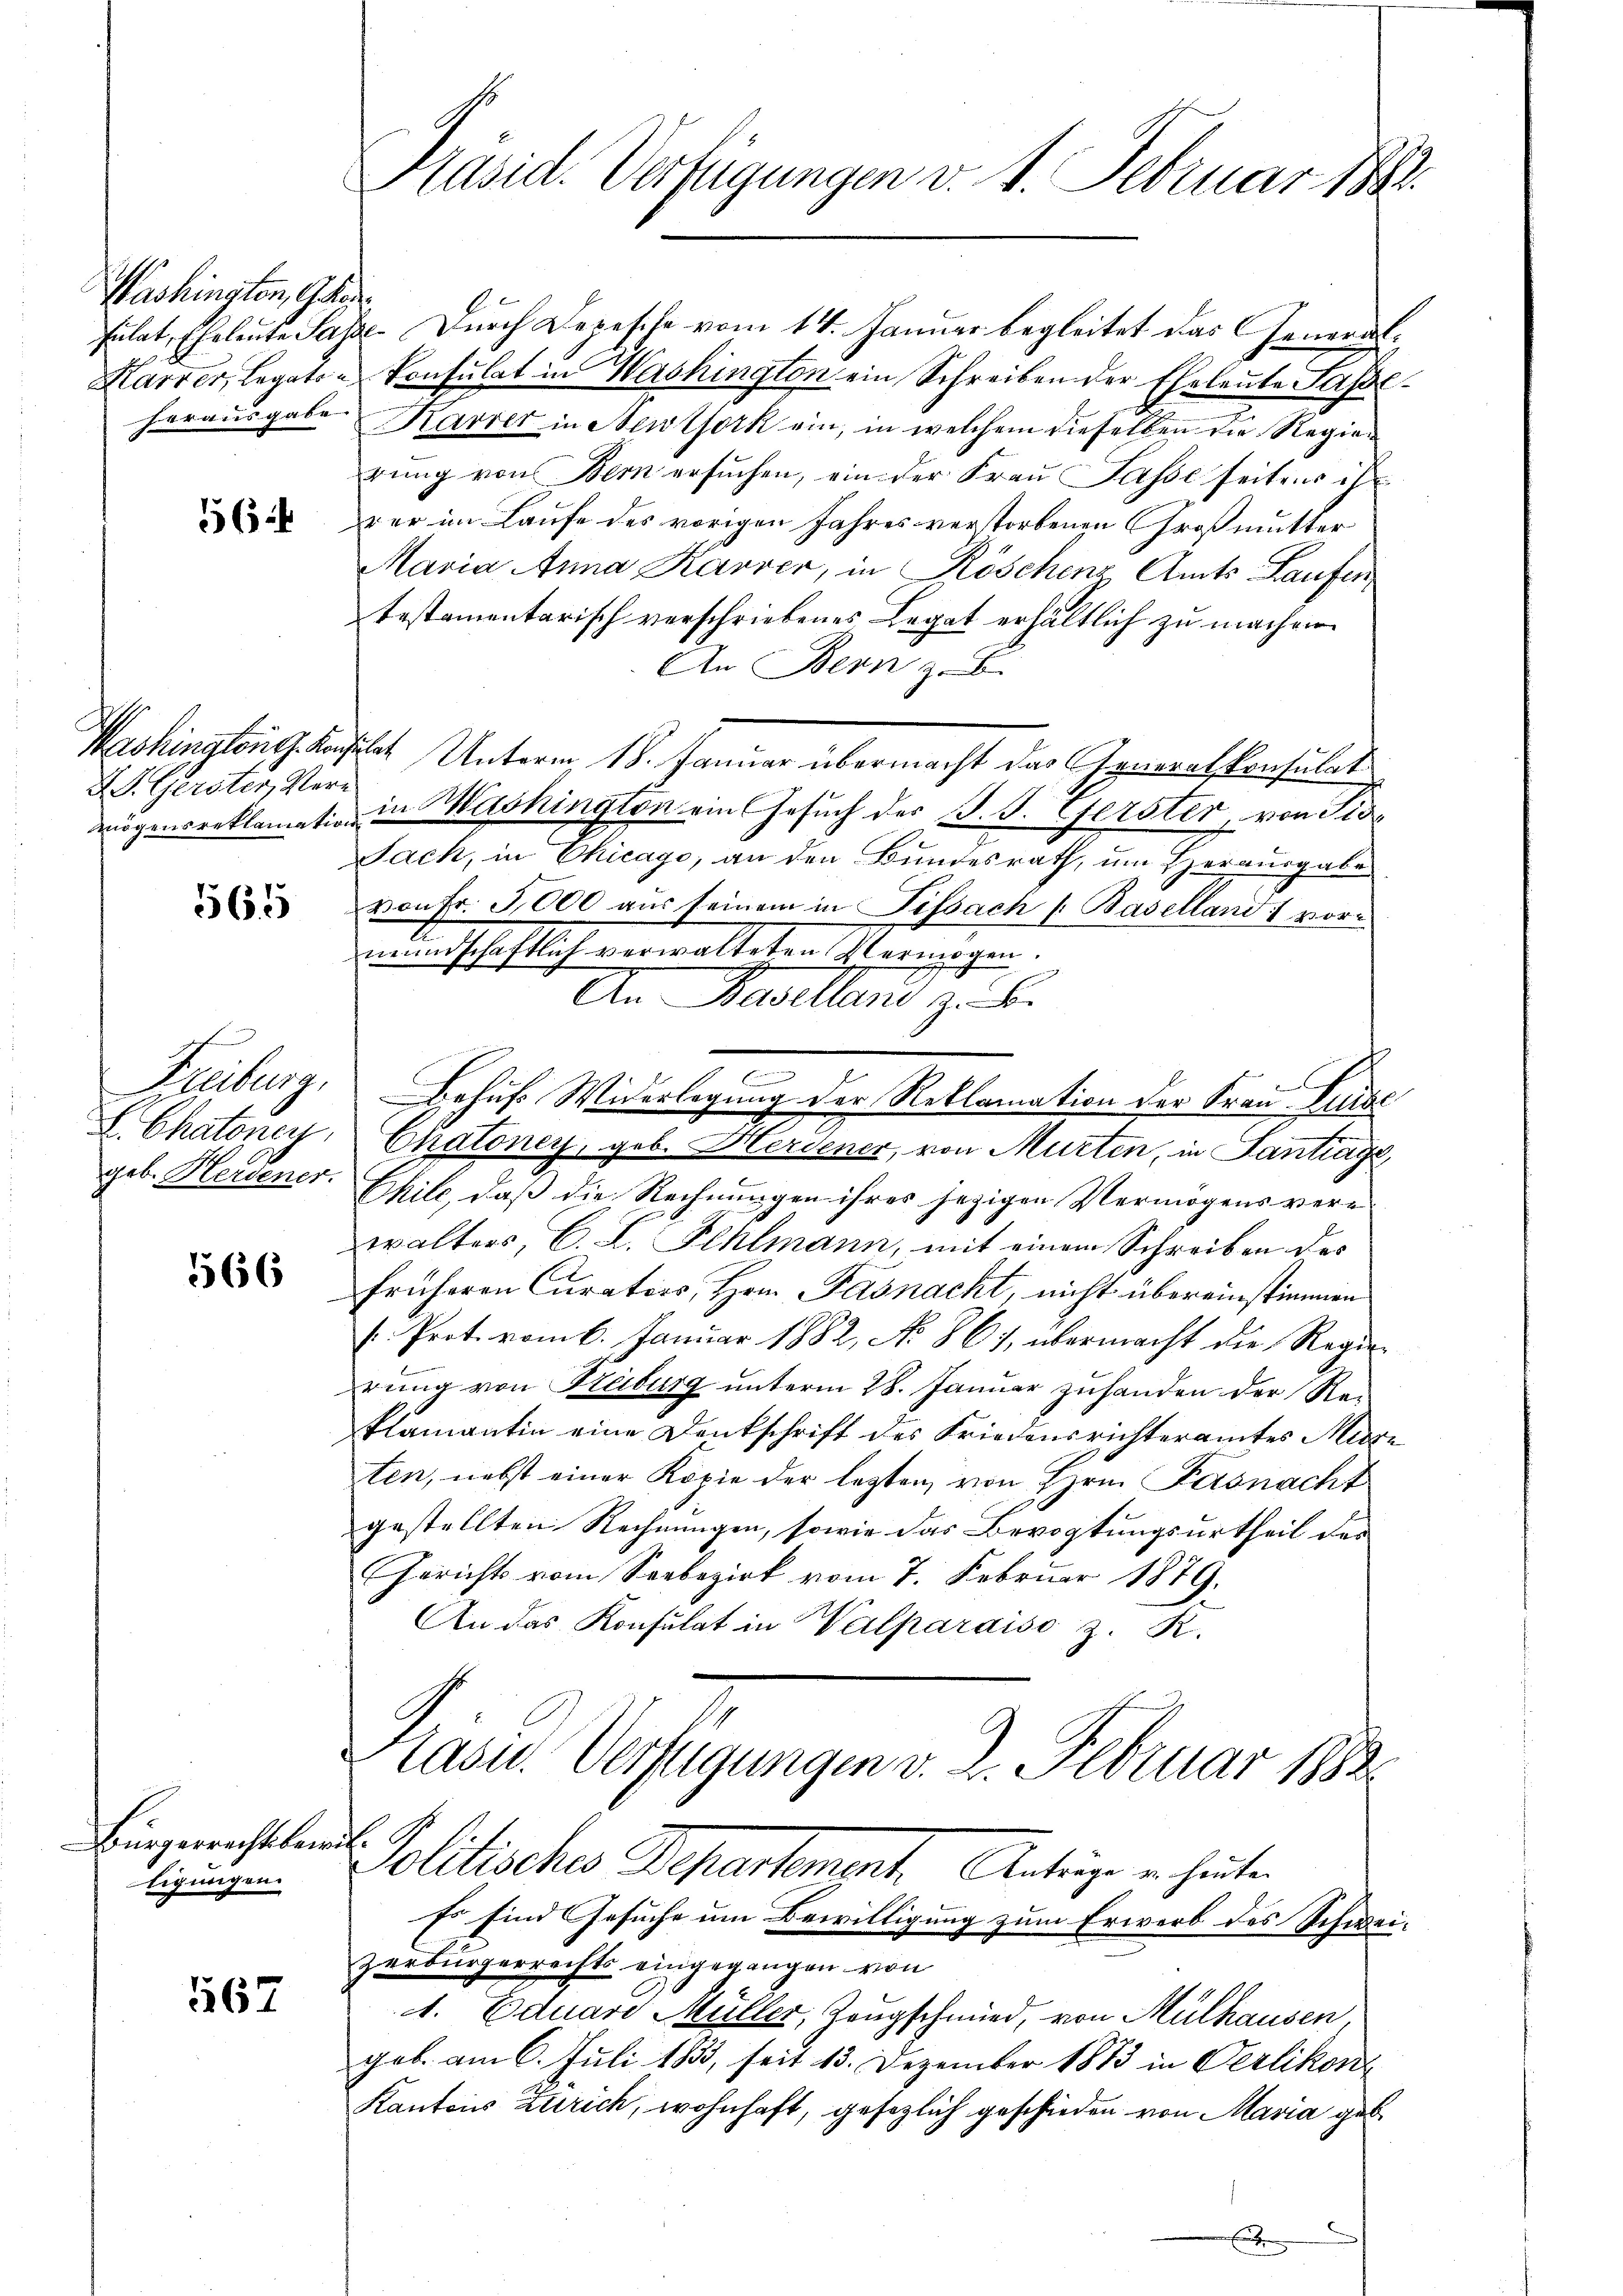
Washingten, Gele

56

D. S. Gerster, Vere

565

Freiburg,
Chatoney

566

Bürgerrechtsbewilligungen.

167

Kasid. Verfügungen v. 1. Februar 1884.

sulat, Eheleute Pässe. Durch Depesche vom 14. Januar begleitet das General¬
Harrer, Legaten konsulat in Washington ein Schreiben der Eheleute Lasseherausgabe Karrer in Newtork ein, in welchem dieselben die Regien
rung von Bern ersuchen, ein der Frau asse seitens ih
rer im Laufe des vorigen Jahres verstorbenen Großmutter
Maria Anna Karrer, in Röschenz, Amts-Laufen
testamentarisch verschriebenes Legat erhältlich zu machen.
An Bern z. B.
Washington G. Konsulat Unterm 18. Januar übermacht das Arneralkonsulat
mögensreklamatio in Washington ein Gesuch des J. J. Gerster, von Tis
Sack, in Chicago, an den Bundesrath, um Herausgabe
von Fr. 5000 aus seinem in Tissach Baselland) vormundschaftlich verwalteten Vermögen.
An Baselland zu be
e
Behufs Widerlegung der Reklamation der Frau Luise
Chatoner, geb. Herdener, von Murten, in Santrage,
geb. Herdener. Ehile, daß die Rechnungen ihres jezigen Vermögens verwalters, C. L. Fehlmann, mit einem Schreiben des
früheren Curators, Hrn. Pasnacht, nicht übereinstimmen
/Prot. vom 6. Januar 1882, No 861, übermacht die Regierung von Freiburg unterm 28. Januar zuhanden der Re-
klamantin eine Denkschrift des Friedensrichteramtes Misse
ten, nebst einer Kopie der letzten von Hrn. Fasnacht
gestellten Rechnungen, sowie das Bevogtungsurtheil der
Gerichts vom Seebezirk vom 7. Februar 1879.
An das Konsulat in Walparaiso z. R.
Hasn. Verfügungen v. 2. Februar 1882

Politische Departement. Antige er heuten
Es sind Gesuche um Bewilligung zum Erwerb des Schwei-

zerbürgerrechts eingegangen von
A. Eduare Müller, Zeugschmied, von Mülhausen,
geb. am 6. Juli 1833, seit 13. Dezember 1873 in Verlikon
Kantons Zürich, wohnhaft, gesezlich geschieden von Maria geb

e